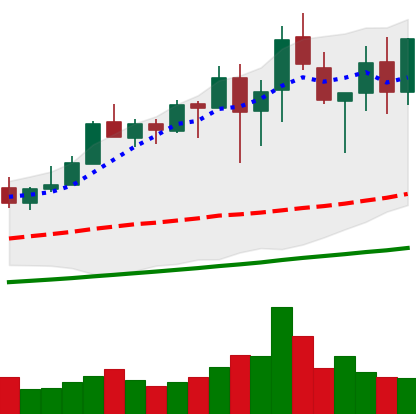
Ticker: XMR-USD
Chart end date: 2021-04-26
Forward return: 5.932%
Label: up_5_7